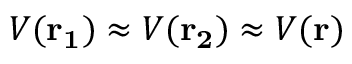
V ( \mathbf { r _ { 1 } } ) \approx V ( \mathbf { r _ { 2 } } ) \approx V ( \mathbf { r } )